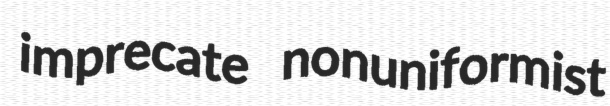
imprecate nonuniformist